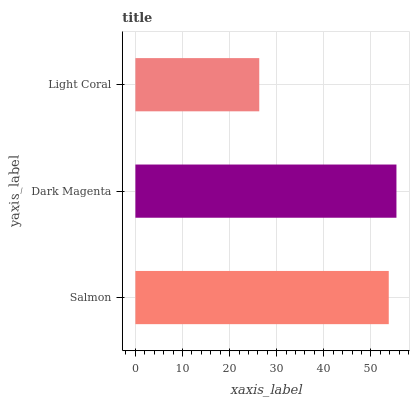
| yaxis_label | bars |
 | --- | --- |
 | Salmon | 53.8 |
 | Dark Magenta | 55.4 |
 | Light Coral | 26.3 |